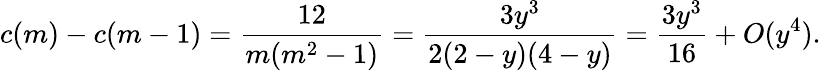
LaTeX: c(m)-c(m-1)=\frac{12}{m(m^{2}-1)}=\frac{3y^{3}}{2(2-y)(4-y)}=\frac{3y^{3}}{16}+O(y^{4}).